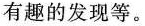
有趣的发现等。